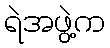
ရဲအဖွဲ့က